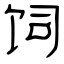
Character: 饲